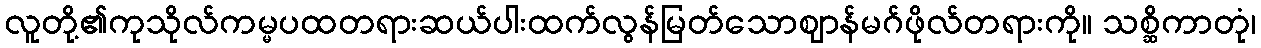
လူတို့၏ကုသိုလ်ကမ္မပထတရားဆယ်ပါးထက်လွန်မြတ်သောဈာန်မဂ်ဖိုလ်တရားကို။ သစ္ဆိကာတုံ၊